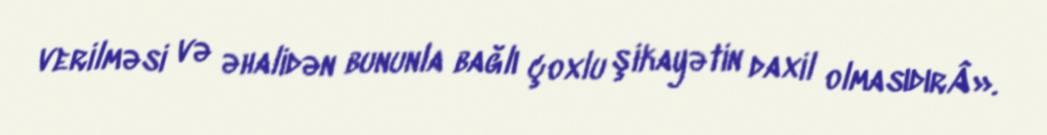
verilməsi və əhalidən bununla bağlı çoxlu şikayətin daxil olmasıdırÂ».